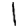
Digit: 1